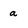
Character: a